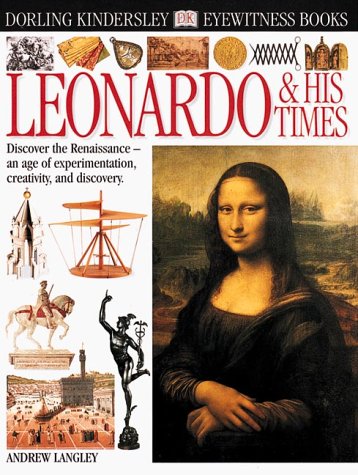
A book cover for Eyewitness: Leonardo & His Times; Andrew Langley; Children's Books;